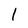
Character: 1